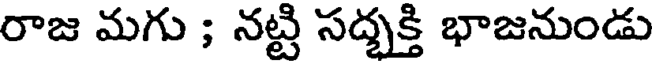
రాజ మగు ; నట్టి సద్భక్తి భాజనుండు